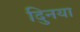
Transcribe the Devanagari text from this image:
दुिनया